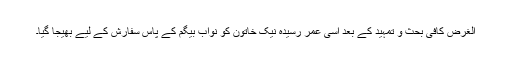
الغرض کافی بحث و تمہید کے بعد اسی عمر رسیدہ نیک خاتون کو نواب بیگم کے پاس سفارش کے لیے بھیجا گیا۔